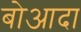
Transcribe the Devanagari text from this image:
बोआदा